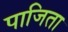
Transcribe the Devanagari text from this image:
पाजिता